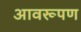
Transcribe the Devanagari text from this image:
आवरूपण